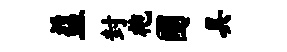
益封袍圃具